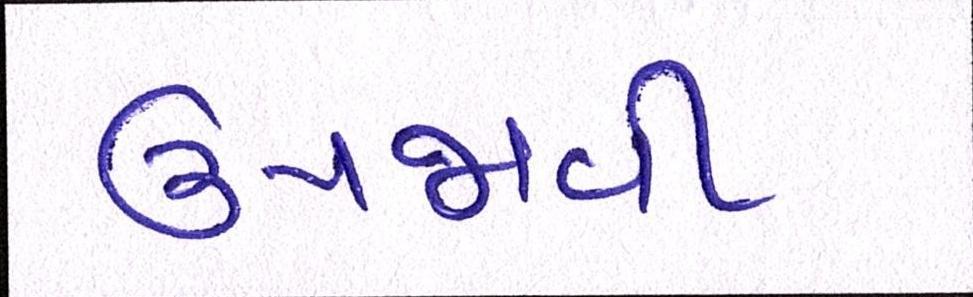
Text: ઉપજાવી